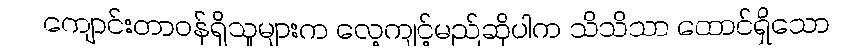
ကျောင်းတာဝန်ရှိသူများက လေ့ကျင့်မည်ဆိုပါက သိသိသာ ထောင်ရှိသော